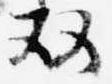
双